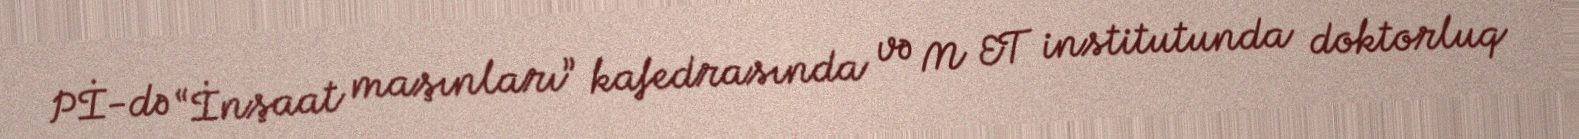
Pİ-də “İnşaat maşınları” kafedrasında və M ET institutunda doktorluq